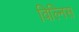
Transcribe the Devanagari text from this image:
विल्निस